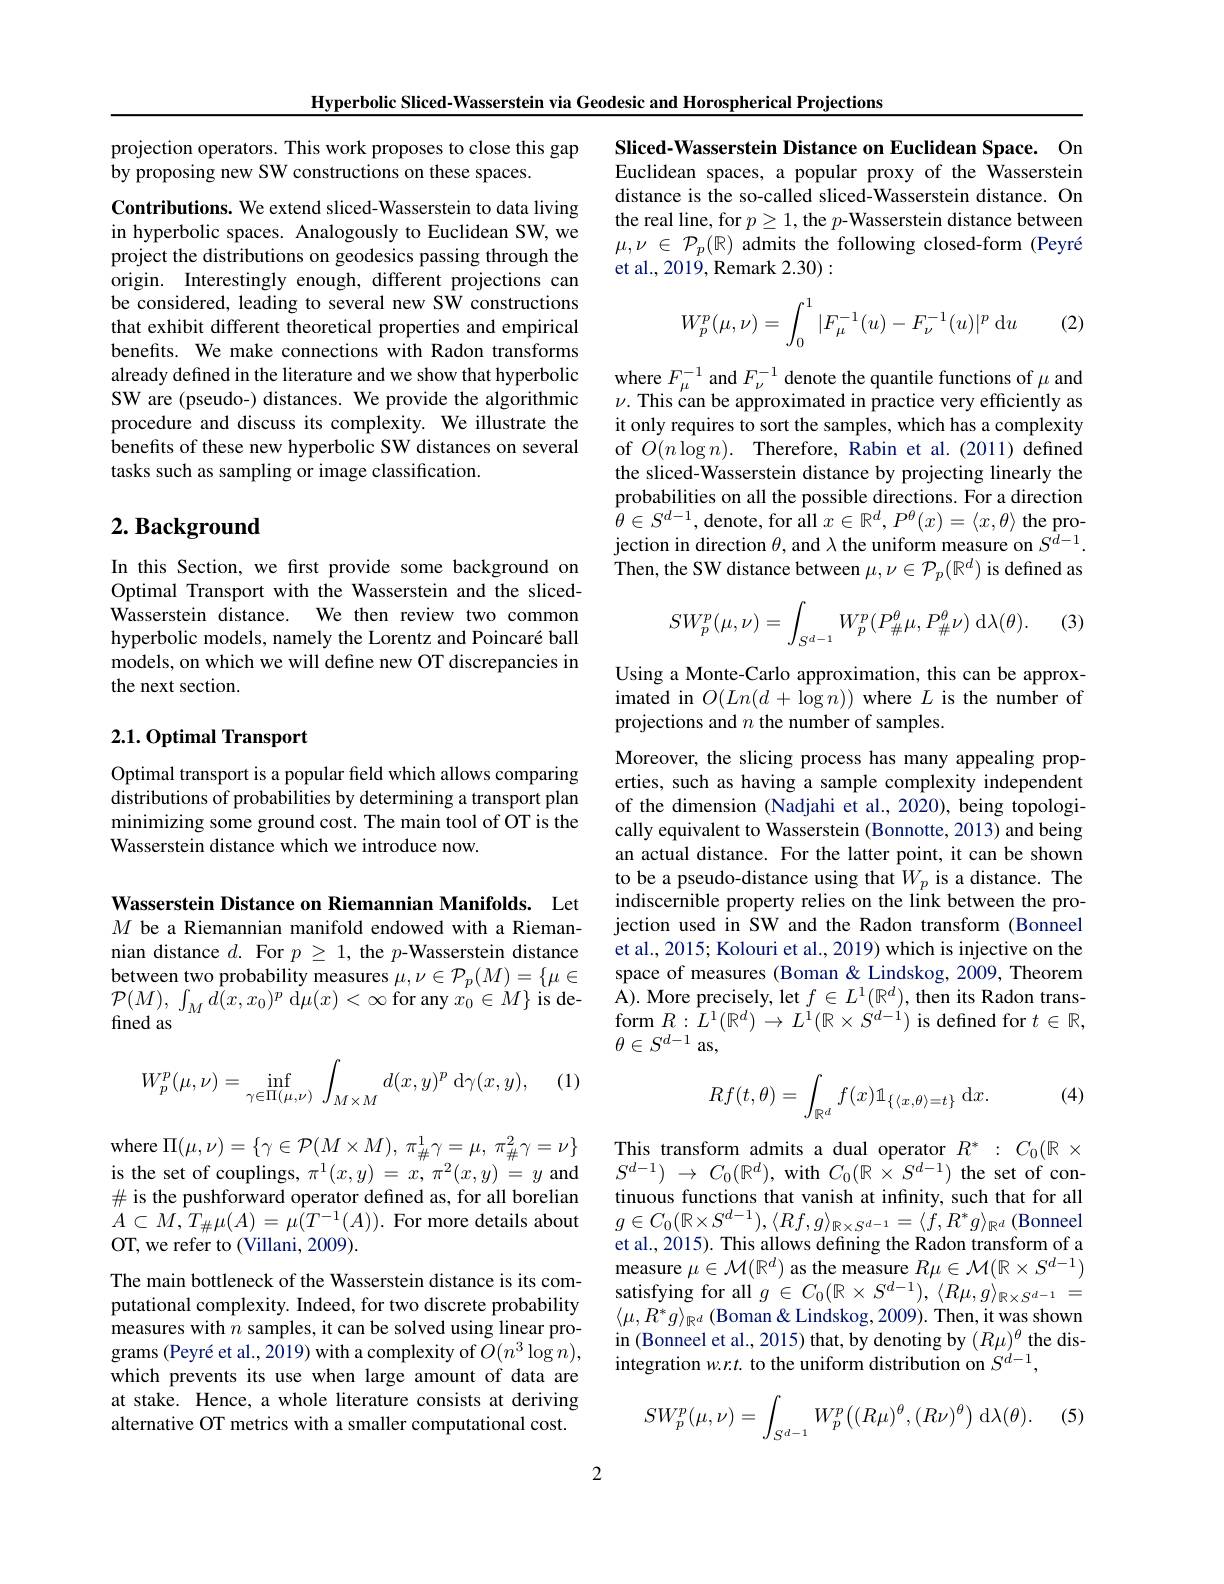
Hyperbolic Sliced-Wasserstein via Geodesic and Horospherical Projections

projection operators. This work proposes to close this gap
by proposing new SW constructions on these spaces.

Contributions. We extend sliced-Wasserstein to data living in hyperbolic spaces. Analogously to Euclidean SW, we project the distributions on geodesics passing through the origin. Interestingly enough, different projections can be considered, leading to several new SW constructions that exhibit different theoretical properties and empirical benefits. We make connections with Radon transforms already defined in the literature and we show that hyperbolic SW are (pseudo-) distances. We provide the algorithmic procedure and discuss its complexity. We illustrate the benefits of these new hyperbolic SW distances on several tasks such as sampling or image classification.

## $2. \textbf{ Background}$

In this Section, we first provide some background on Optimal Transport with the Wasserstein and the slicedWasserstein distance. We then review two common hyperbolic models, namely the Lorentz and Poincaré ball models, on which we will define new OT discrepancies in the next section.

## 2.1. Optimal Transport

Optimal transport is a popular feld which allows comparing distributions of probabilities by determining a transport plan minimizing some ground cost. The main tool of OT is the Wasserstein distance which we introduce now.

Wasserstein Distance on Riemannian Manifolds. Let $M$ be a Riemannian manifold endowed with a Riemannian distance $d.$ For $p\geq1$, the $p$-Wasserstein distance between two probability measures $\mu,\nu\in\mathcal{P}_p(M)=\{\mu\in$ $\mathcal{P}(M),\int_{M}\bar{d(x,x_{0})^{p}}$d$\mu(x)<\infty$for any $x_0\in M\}$ is defined as

(1)
$$W_{p}^{p}(\mu,\nu)=\inf_{\gamma\in\Pi(\mu,\nu)}\:\int_{M\times M}d(x,y)^{p}\:\mathrm{d}\gamma(x,y),$$
where $\Pi ( \mu , \nu ) = \{ \gamma \in \mathcal{P} ( M\times M) $, $\pi _{\# }^{1}\gamma = \mu $, $\pi _{\# }^{2}\gamma = \nu \}$ is the set of couplings, $\pi^1(x,y)=x,\pi^2(x,y)=y$ and $\#$ is the pushforward operator defined as, for all borelian $A\subset M,T_{\#}\mu(A)=\mu(T^{-1}(A)).$ For more details about OT, we refer to (Villani, 2009).

The main bottleneck of the Wasserstein distance is its computational complexity. Indeed, for two discrete probability measures with $n$ samples, it can be solved using linear programs (Peyré et al., 2019) with a complexity of $\tilde{O}(n^3\log n)$, which prevents its use when large amount of data are at stake. Hence, a whole literature consists at deriving alternative OT metrics with a smaller computational cost.

Sliced-Wasserstein Distance on Euclidean Space. On Euclidean spaces, a popular proxy of the Wasserstein distance is the so-called sliced-Wasserstein distance. On the real line, for $p\geq1$, the $p$-Wasserstein distance between $\mu,\nu\in\mathcal{P}_p(\mathbb{R})$ admits the following closed-form (Peyré et al., 201$\dot{9}$, Remark 2.30):
$$W_p^p(\mu,\nu)=\int_0^1|F_\mu^{-1}(u)-F_\nu^{-1}(u)|^p\:\mathrm du$$
(2)

where $F_\mu^{-1}$ and $F_\nu^{-1}$ denote the quantile functions of $\mu$ and $\nu.$ This can be approximated in practice very efficiently as it only requires to sort the samples, which has a complexity of $O(n\log n).$ Therefore, Rabin et al.(2011) defined the sliced-Wasserstein distance by projecting linearly the probabilities on all the possible directions. For a direction $\bar{\theta}\in S^{d-1}$, denote, for all $x\in\mathbb{R}^d,P^\theta(x)=\langle x,\theta\rangle$ the projection in direction $\theta$, and $\lambda$ the uniform measure on $S^{d-1}.$ Then, the SW distance between $\mu,\nu\in\mathcal{P}_p(\mathbb{R}^d)$ is defined as

(3)
$$SW_p^p(\mu,\nu)=\int_{S^{d-1}}W_p^p(P_{\#}^\theta\mu,P_{\#}^\theta\nu)\:\mathrm{d}\lambda(\theta).$$
Using a Monte-Carlo approximation, this can be approximated in $O(Ln(d+\log n))$ where $L$ is the number of projections and $n$ the number of samples.

Moreover, the slicing process has many appealing properties, such as having a sample complexity independent of the dimension (Nadjahi et al.,2020),being topologically equivalent to Wasserstein (Bonnotte, 2013) and being an actual distance. For the latter point, it can be shown to be a pseudo-distance using that $W_p$ is a distance. The indiscernible property relies on the link between the projection used in SW and the Radon transform (Bonneel et al., 2015; Kolouri et al., 2019) which is injective on the space of measures (Boman & Lindskog, 2009, Theorem A). More precisely, let $f\in L^1(\mathbb{R}^d)$, then its Radon trans- $\operatorname { \mathrm{form}} R: L^{1}( \mathbb{R} ^{d}) \rightarrow L^{1}( \mathbb{R} \times S^{d- \mathrm{i} })$ is defined for $t\in\mathbb{R}$, $\theta\in S^{d-1}$ as,

(4)
$$Rf(t,\theta)=\int_{\mathbb{R}^d}f(x)\mathbb{1}_{\{\langle x,\theta\rangle=t\}}\:\mathrm{d}x.$$
This transform admits a dual operator $R^*:C_0(\mathbb{R}\times$ $S^{d-1})~\to~C_{0}(\mathbb{R}^{d}),~$with $C_0(\mathbb{R}\times S^{d-1})~$the set of continuous functions that vanish at infinity, such that for all $g\in C_{0}( \mathbb{R} \times S^{d- 1}) , \langle Rf, g\rangle _{\mathbb{R} \times S^{d- 1}}= \langle f, R^{* }g\rangle _{\mathbb{R} ^{d}}$ (Bonneel et al., 2015). This allows defining the Radon transform of a measure $\mu\in\mathcal{M}(\mathbb{R}^d)$ as the measure $R\mu\in\mathcal{M}(\mathbb{R}\times S^{d-1})$ satisfying for all $g\in C_0(\mathbb{R}\times S^{d-1}),\langle R\mu,g\rangle_{\mathbb{R}\times S^{d-1}}=$ $\langle \mu , R^{* }g\rangle _{\mathbb{R} ^{d}}$ (Boman&Lindskog,2009).Then,itwas shown in (Bonneel et al., 2015) that, by denoting by $(R\mu)^\theta$ the disintegration w.r.t to the uniform distribution on $S^{d-1}$,
$$SW_p^p(\mu,\nu)=\int_{S^{d-1}}W_p^p\big((R\mu)^\theta,(R\nu)^\theta\big)\:\mathrm{d}\lambda(\theta).$$
(5)

2